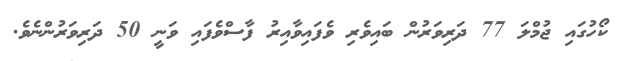
ކޯހުގައި ޖުމްލަ 77 ދަރިވަރުން ބައިވެރި ވެފައިވާއިރު ފާސްވެފައި ވަނީ 50 ދަރިވަރުންނެވެ.